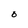
Character: O